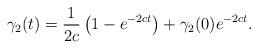
LaTeX: \begin{align*}\gamma_2(t)=\frac{1}{2c}\left(1-e^{-2ct}\right)+\gamma_2(0)e^{-2ct}.\end{align*}